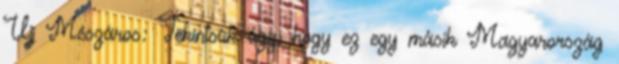
Ujj Mészáros: Tekintsük úgy, hogy ez egy másik Magyarország